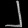
Digit: ၂